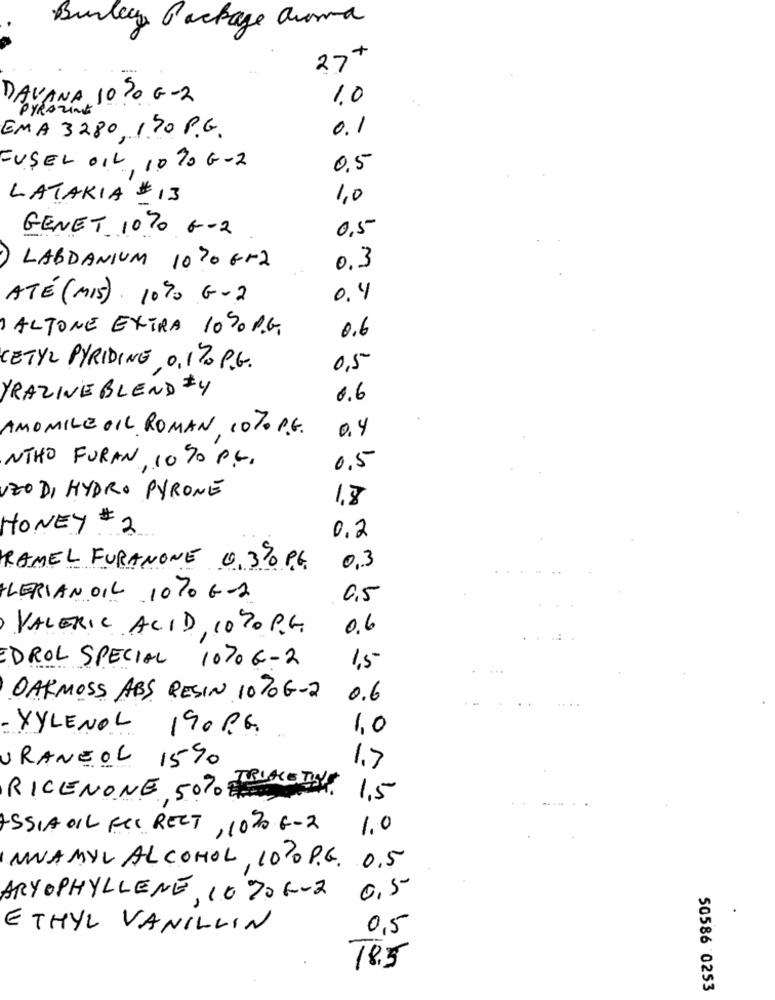
Burley Package aura
27+
DAVANA 10%0 G-2
1.0
PYROZINE
EMA 3280, 1.70 P.G.
0.1
FUSEL OIL, 10% G-2
0,5
LATAKIA # 13
1,0
GENET 1070 G-2
0,5
LABDANIUM 10%0 Gr2
0,3
ATÉ (MIS) . 10% G-2
0.4
I ALTONE EXTRA 1050 P.G.
0.6
CETYL PYRIDING 0,1% P.G.
0,5
YRAZINE BLEND $4
0.6
AMOMILE OIL ROMAN, 10% P.G.
0.4
NTHO FURAN, 10 %0 PG,
0.5
UZO DI HYDRO PYRONE
1,8
HONEY 2
0,2
RAMEL FURANONE 0.3% P.G.
0,3
FLERIANOIL 1070 G-2
0,5
VALERIC ACID, 10%0 P.G.
0.6
EDROL SPECIAL 10%6-2
1,5
OAKMOSS ABS, RESIN 10%G-2
0.6
- XYLENOL 190 P.G.
1,0
URANEOL 15%
1.7
RICENONE 50% BLACKTING
1,5
ASSIA OIL FCC RECT, 10% 6-2
1.0
NUAMYL ALCOHOL , 1020 P.G. 0.5
0,5
ARYOPHYLLENE, 10906-2
ETHYL VANILLIN
0,5
18.5
50586 0253